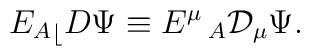
{{E_{A}}_\lfloor}D\Psi \equiv E^{\mu}\,_{A}{\cal D}_{\mu}\Psi .